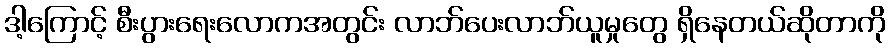
ဒါ့ကြောင့် စီးပွားရေးလောကအတွင်း လာဘ်ပေးလာဘ်ယူမှုတွေ ရှိနေတယ်ဆိုတာကို